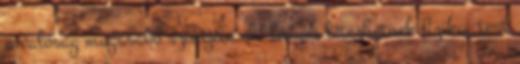
a valóság magasabb szintjein élő lények létezhetnek fizikai test